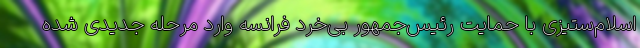
اسلام‌ستیزی با حمایت رئیس‌جمهور بی‌خرد فرانسه وارد مرحله جدیدی شده